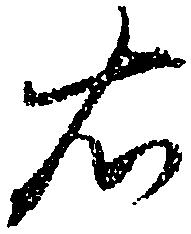
右